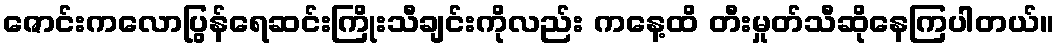
ဇောင်းကလောပြွန်ရေဆင်းကြိုးသီချင်းကိုလည်း ကနေ့ထိ တီးမှုတ်သီဆိုနေကြပါတယ်။